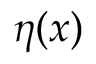
\eta ( \boldsymbol { x } )